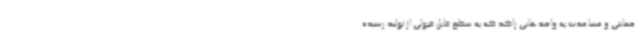
حمایتی و مساعدت به واحدهایی راکد که به سطح قابل قبولی از تولید رسیده